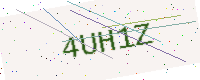
Text: 4UH1Z